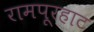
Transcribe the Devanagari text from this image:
रामपूरहाट